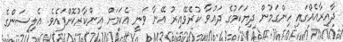
ދާއިރާއެއްގައި ހިންގަމުން ދިޔަކަމުގެ ދަޢުވާ ކުރެވޭއިރު އޭނާ ވަނީ އެކަމަށް އިންކާރުކޮށްފައެވެ. އެލިސަންގެ